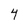
Character: 4